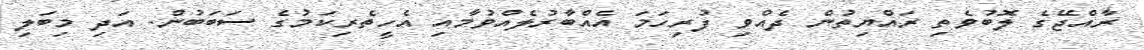
ރާއްޖޭގެ ލޮބުވެތި ރައްޔިތުން ދެއްވި ފުރިހަމަ އެއްބާރުލެއްވުމާއި އެހީތެރިކަމުގެ ސަބަބުން. އަދި މިބަލި